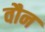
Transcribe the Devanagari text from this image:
वौन